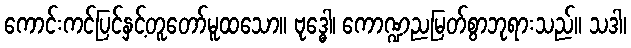
ကောင်းကင်ပြင်နှင့်တူတော်မူထသော။ ဗုဒ္ဓေါ၊ ကောဏ္ဍညမြတ်စွာဘုရားသည်။ သဒါ၊